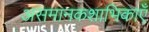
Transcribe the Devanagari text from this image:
असमानकशाभिकाएँ